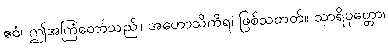
ဧဝံ၊ ဤအကြံတော်သည်။ အဟောသိကိရ၊ ဖြစ်သတတ်။ သာရိပုတ္တော၊